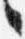
々